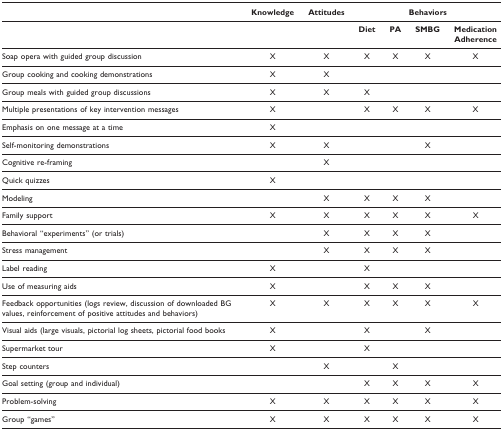
|  | Knowledge | Attitudes | <COLSPAN=4> Behaviors |
 | --- | --- | --- | --- | --- | --- | --- |
 |  |  |  | Diet | PA | SMBG | Medication Adherence |
 | Soap opera with guided group discussion | X | X | X | X | X | X |
 | Group cooking and cooking demonstrations | X | X |  |  |  |  |
 | Group meals with guided group discussions | X | X | X |  |  |  |
 | Multiple presentations of key intervention messages | X |  | X | X | X | X |
 | Emphasis on one message at a time | X |  |  |  |  |  |
 | Self-monitoring demonstrations | X | X |  |  | X |  |
 | Cognitive re-framing |  | X |  |  |  |  |
 | Quick quizzes | X |  |  |  |  |  |
 | Modeling |  | X | X | X | X |  |
 | Family support | X | X | X | X | X | X |
 | Behavioral "experiments" (or trials) |  | X | X | X | X |  |
 | Stress management |  | X | X | X | X |  |
 | Label reading | X |  | X |  |  |  |
 | Use of measuring aids | X |  | X | X | X |  |
 | Feedback opportunities (logs review, discussion of downloaded BG values, reinforcement of positive attitudes and behaviors) | X | X | X | X | X | X |
 | Visual aids (large visuals, pictorial log sheets, pictorial food books | X |  | X |  | X |  |
 | Supermarket tour | X |  | X |  |  |  |
 | Step counters |  | X |  | X |  |  |
 | Goal setting (group and individual) |  |  | X | X | X | X |
 | Problem-solving | X | X | X | X | X | X |
 | Group "games" | X | X | X | X | X | X |